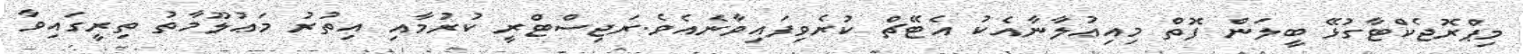
މިޕްރޮޖެކްޓާގުޅޭ ބީލަން ފޮތް މިއިޢުލާނާއެކު އެޓޭޗް ކުރެވިފައިވާނެއެވެ.ރަޖިސްޓްރީ ކުރުމާއި އިތުރު މަޢުލޫމާތު ތިރީގައިވާ